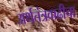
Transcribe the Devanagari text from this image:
अर्थतंत्रवाढीचा